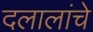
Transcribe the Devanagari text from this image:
दलालांचे